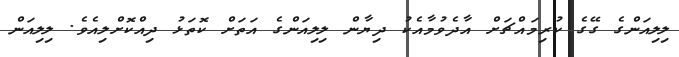
ލިލިއަންގެ ގޭގެ ކުރިމައްޗަށް އާދެވުމާއެކު ދިޔާން ލިލިއަންގެ އަތަށް ކޮތަޅު ދިއްކޮށްލިއެވެ. ލިލިއަން